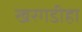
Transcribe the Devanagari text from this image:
खरगडीहा